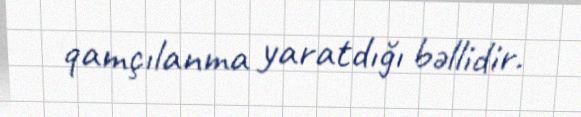
qamçılanma yaratdığı bəllidir.